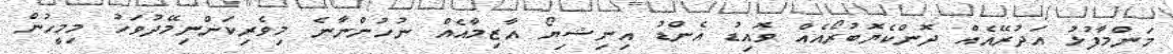
މަންމާފުޅު އަދުރޭއެއް ދޮންކެޔޮބުރޯއެއް ވޮއިޑު އެންޑު އިނިޝިޔޯ އާޒިމާއެއް ނުހުންނާނެ މިވެރިކަންނިމޭދުވަހު މިމީހުން